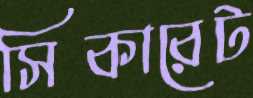
সিকারেট